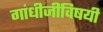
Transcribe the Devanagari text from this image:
गांधीजींविषयी